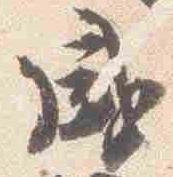
盛